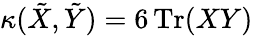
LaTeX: \kappa(\tilde{X},\tilde{Y})=6\, \mathrm{Tr}(XY)